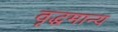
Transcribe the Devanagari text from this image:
वृद्धमान्य